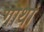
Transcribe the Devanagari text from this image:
गाथां